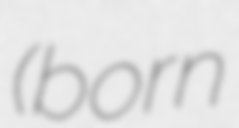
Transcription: (born